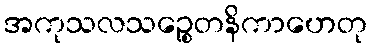
အကုသလသဉ္စေတနိကာဟေတု